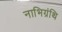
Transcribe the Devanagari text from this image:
नाभिग्रंथि